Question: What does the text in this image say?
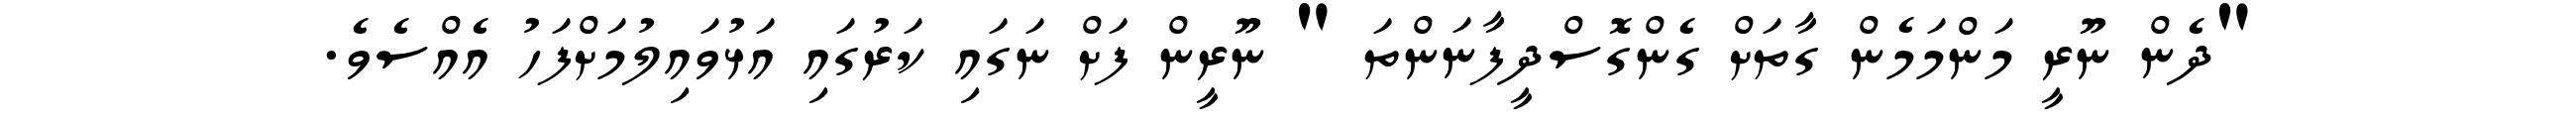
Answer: "ދެން ނޫރީ މަންމަމެން ގާތަށް ގެންގޮސްދީފާނަންތަ " ނޫރީން ފަށް ނަގައި ކަރުގައި އަޅުވައިލުމަށްފަހު އެއްސެވެ.